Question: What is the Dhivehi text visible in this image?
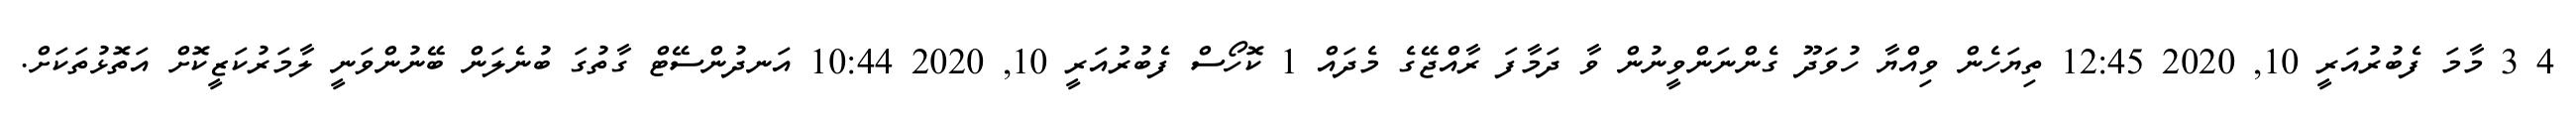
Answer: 4 3 މާމަ ފެބުރުއަރީ 10, 2020 12:45 ތިޔަހެން ވިއްޔާ ހުވަދޫ ގެންނަންވީނުން ވާ ދަމާފަ ރާއްޖޭގެ މެދައް 1 ކޮހޯސް ފެބުރުއަރީ 10, 2020 10:44 އަނދުންސޭޓް ގާތުގަ ބުނެލަން ބޭނުންވަނީ ލާމަރުކަޒީކޮށް އަތޮޅުތަކަށް.